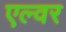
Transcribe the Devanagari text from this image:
एल्वर